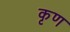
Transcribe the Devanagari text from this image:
कृण